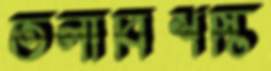
তলাবিশষ্টি